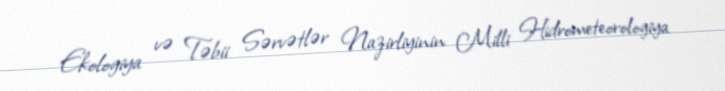
Ekologiya və Təbii Sərvətlər Nazirliyinin Milli Hidrometeorologiya